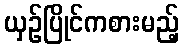
ယှဉ်ပြိုင်ကစားမည့်